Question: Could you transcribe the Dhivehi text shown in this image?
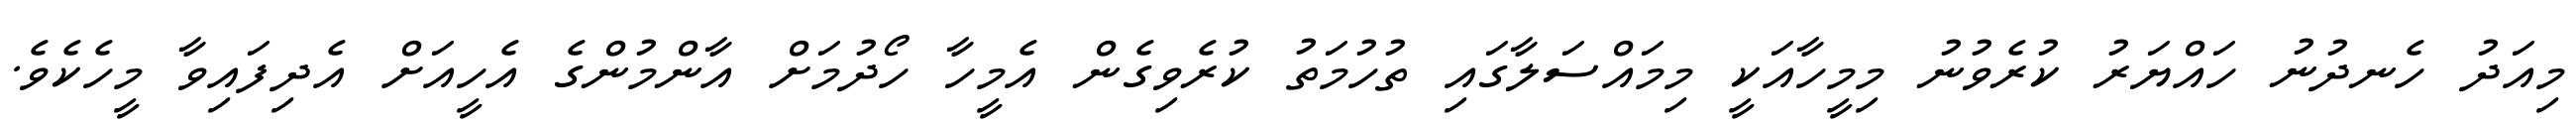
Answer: މިއަދު ހެނދުނު ހައްޔަރު ކުރެވުނު މިމީހާއަކީ މިމައްސަލާގައި ތުހުމަތު ކުރެވިގެން އެމީހާ ހޯދުމަށް އާންމުންގެ އެހީއަށް އެދިފައިވާ މީހެކެވެ.